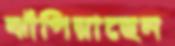
ঝাঁপিয়াছেন